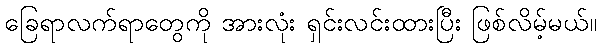
ခြေရာလက်ရာတွေကို အားလုံး ရှင်းလင်းထားပြီး ဖြစ်လိမ့်မယ်။